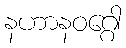
နဟာနဝဂ္ဂေါ